画像に写った文字を読んでください
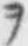
「ヲ」と書いてあります